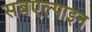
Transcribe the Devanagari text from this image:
सबएल्पाइन